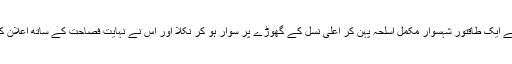
اسی وقت رومیوں کے قلعے کا دروازہ کھلا اور اس میں سے ایک طاقتور شہسوار مکمل اسلحہ پہن کر اعلٰی نسل کے گھوڑے پر سوار ہو کر نکلا اور اس نے نہایت فصاحت کے ساتھ اعلان کیا کہ اے اہل عرب میرے مقابلے بیس شہسواروں کو نکالو۔